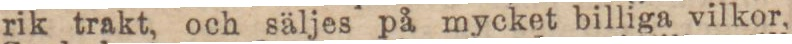
rik trakt, och säljes på mycket billiga vilkor,